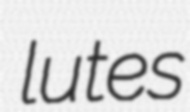
lutes